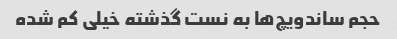
حجم ساندویچ‌ها به نست گذشته خیلی کم شده